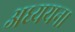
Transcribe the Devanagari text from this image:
अध्‍ययन।